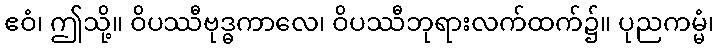
ဧဝံ၊ ဤသို့။ ဝိပဿီဗုဒ္ဓကာလေ၊ ဝိပဿီဘုရားလက်ထက်၌။ ပုညကမ္မံ၊